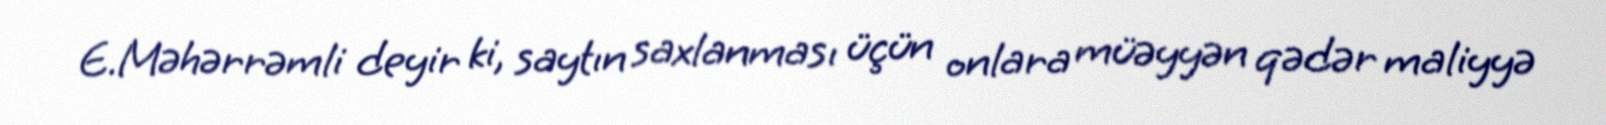
E.Məhərrəmli deyir ki, saytın saxlanması üçün onlara müəyyən qədər maliyyə